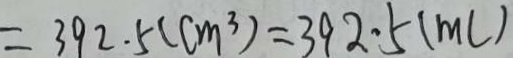
= 3 9 2 . 5 ( c m ^ { 3 } ) = 3 9 2 . 5 ( m l )